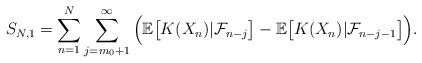
LaTeX: \begin{align*}S_{N,1}=\sum^N_{n=1} \sum^{\infty}_{j=m_0+1}\Big( \mathbb{E}\big[K(X_n)|\mathcal{F}_{n-j}\big]-\mathbb{E}\big[K(X_n)|\mathcal{F}_{n-j-1}\big]\Big).\end{align*}